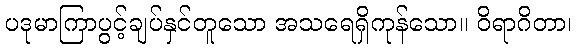
ပဒုမာကြာပွင့်ချပ်နှင်တူသော အသရေရှိကုန်သော။ ဝိရာဂိတာ၊